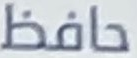
حافظ